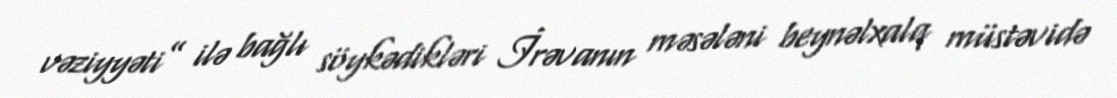
vəziyyəti” ilə bağlı söykədikləri İrəvanın məsələni beynəlxalq müstəvidə